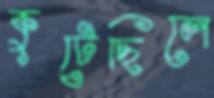
কুটেছিলে